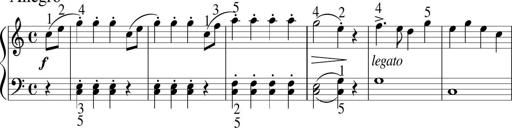
Title: 6 Instructive Sonatinas
Composer: Jacob Schmitt